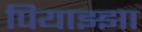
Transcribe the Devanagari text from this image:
पियाझ्झा